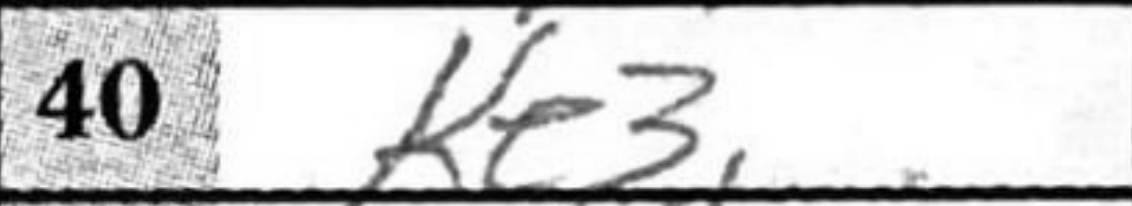
Transcription: Ke3